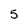
Character: 5